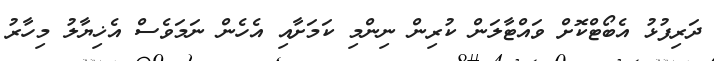
ދަރިފުޅު އެބޯޓްކޮށް ވައްޓާލަން ކުރިން ނިންމި ކަމަށާއި އެހެން ނަމަވެސް އެޚިޔާލު މިހާރު